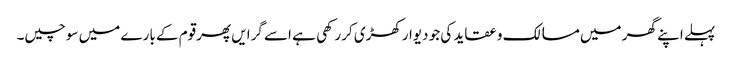
پہلے اپنے گھر میں مسالک و عقاید کی جو دیوارکھڑی کررکھی ہے اسے گرایں پھرقوم کے بارے میں سوچیں۔